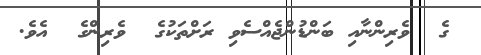
ގެ  ވެރިންނާއި ބަންޑުންޖެއްސެވި ރަށްތަކުގެ  ވެރިންގެ  އެވެ.